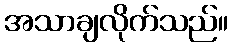
အသာချလိုက်သည်။